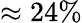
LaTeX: \approx 24\%